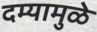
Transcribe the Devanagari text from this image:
दम्यामुळे